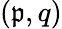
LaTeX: (\mathfrak{p},q)